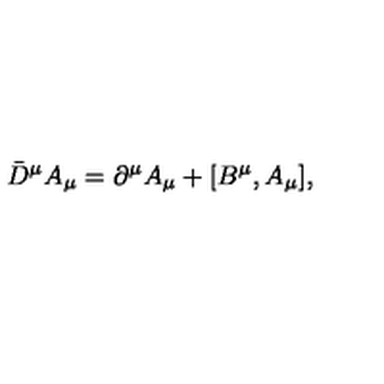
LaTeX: { \bar { D } } ^ { \mu } A _ { \mu } = \partial ^ { \mu } A _ { \mu } + [ B ^ { \mu } , A _ { \mu } ] ,